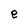
Character: e